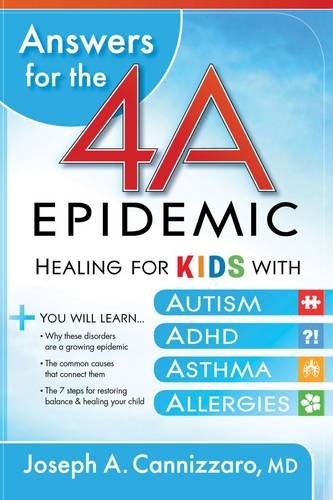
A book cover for Answers for the 4-A Epidemic: Healing for Kids with Autism, ADHD, Asthma, and Allergies; Joseph A Cannizzaro M.D.; Health, Fitness & Dieting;